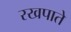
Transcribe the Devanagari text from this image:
रखपाते